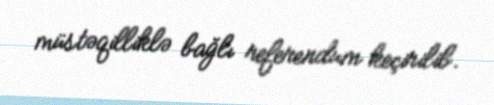
müstəqilliklə bağlı referendum keçirilib.